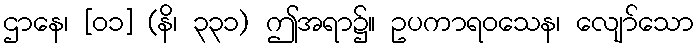
ဌာနေ၊ [၀၁] (နိ၊ ၃၃၁) ဤအရာ၌။ ဥပကာရဝသေန၊ လျော်သော